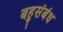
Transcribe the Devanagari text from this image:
बहुसंबंध